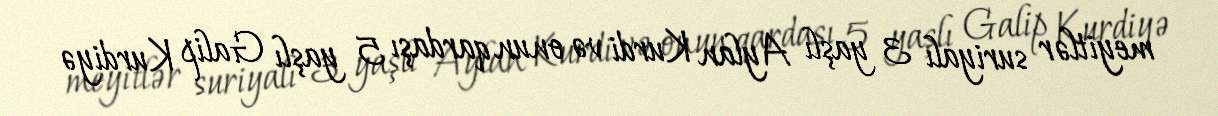
meyitlər suriyalı 3 yaşlı Aylan Kurdi və onun qardaşı 5 yaşlı Galip Kurdiyə